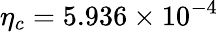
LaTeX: \eta_{c}=5.936\times 10^{-4}